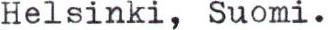
Helsinki, Suomi.